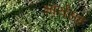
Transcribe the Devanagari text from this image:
भार्येसह